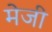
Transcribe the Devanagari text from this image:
मेजी